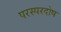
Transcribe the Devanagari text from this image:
परस्परदोष